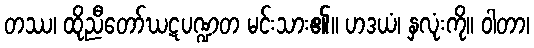
တဿ၊ ထိုညီတော်ဃဋပဏ္ဍတ မင်းသား၏။ ဟဒယံ၊ နှလုံးကို။ ဝါတာ၊